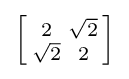
\left[{\begin{smallmatrix}2&{\sqrt {2}}\\{\sqrt {2}}&2\end{smallmatrix}}\right]